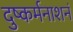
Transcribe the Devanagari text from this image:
दुष्कर्मनाशनं